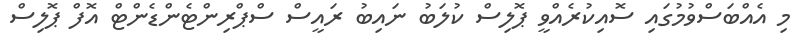
މި އެއްބަސްވުމުގައި ސޮއިކުރެއްވީ ޕޮލިސް ކުލަބު ނައިބު ރައީސް ސްޕްރިންޓެންޑެންޓް އޮފް ޕޮލިސް